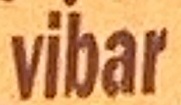
vibar